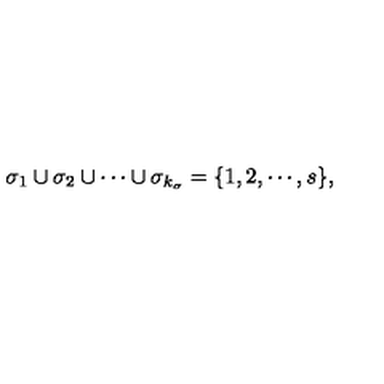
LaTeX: \sigma _ { 1 } \cup \sigma _ { 2 } \cup \cdots \cup \sigma _ { k _ { \sigma } } = \{ 1 , 2 , \cdots , s \} ,